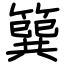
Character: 簨